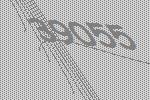
39055